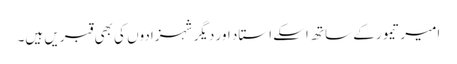
امیر تیمور کے ساتھ اسکے استاد اور دیگر شہزادوں کی بھی قبریں ہیں۔